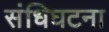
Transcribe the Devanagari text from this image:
संधिघटना